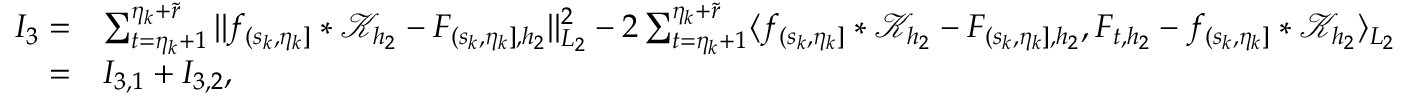
\begin{array} { r l } { I _ { 3 } = } & { \sum _ { t = \eta _ { k } + 1 } ^ { \eta _ { k } + \widetilde { r } } \vert \vert f _ { ( s _ { k } , \eta _ { k } ] } \ast \mathcal { K } _ { { h _ { 2 } } } - F _ { ( s _ { k } , \eta _ { k } ] , { h _ { 2 } } } \vert \vert _ { L _ { 2 } } ^ { 2 } - 2 \sum _ { t = \eta _ { k } + 1 } ^ { \eta _ { k } + \widetilde { r } } \langle f _ { ( s _ { k } , \eta _ { k } ] } \ast \mathcal { K } _ { { h _ { 2 } } } - F _ { ( s _ { k } , \eta _ { k } ] , { h _ { 2 } } } , F _ { t , { h _ { 2 } } } - f _ { ( s _ { k } , \eta _ { k } ] } \ast \mathcal { K } _ { { h _ { 2 } } } \rangle _ { L _ { 2 } } } \\ { = } & { I _ { 3 , 1 } + I _ { 3 , 2 } , } \end{array}